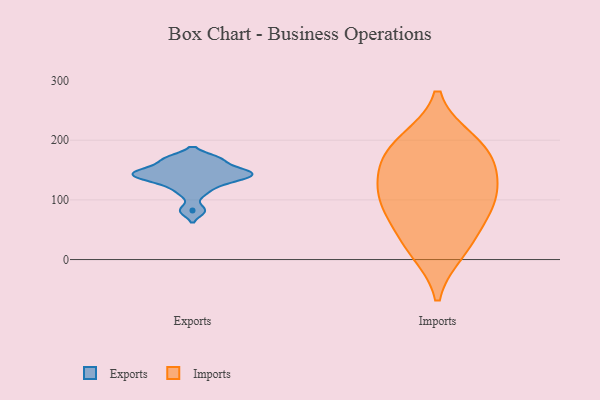
{"axis": {"x": "Gross Profit (USD K)", "y": "Value"}, "legend": ["Exports", "Imports"], "data": [{"x": "", "y": 151, "type": "Exports"}, {"x": "", "y": 144, "type": "Exports"}, {"x": "", "y": 131, "type": "Exports"}, {"x": "", "y": 143, "type": "Exports"}, {"x": "", "y": 82, "type": "Exports"}, {"x": "", "y": 168, "type": "Exports"}, {"x": "", "y": 113, "type": "Exports"}, {"x": "", "y": 169, "type": "Exports"}, {"x": "", "y": 133, "type": "Exports"}, {"x": "", "y": 147, "type": "Exports"}, {"x": "", "y": 178, "type": "Imports"}, {"x": "", "y": 16, "type": "Imports"}, {"x": "", "y": 197, "type": "Imports"}, {"x": "", "y": 80, "type": "Imports"}, {"x": "", "y": 143, "type": "Imports"}, {"x": "", "y": 29, "type": "Imports"}, {"x": "", "y": 91, "type": "Imports"}, {"x": "", "y": 101, "type": "Imports"}, {"x": "", "y": 130, "type": "Imports"}, {"x": "", "y": 186, "type": "Imports"}]}